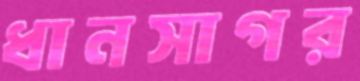
ধানসাগর